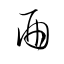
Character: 酉